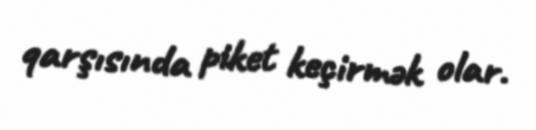
qarşısında piket keçirmək olar.